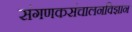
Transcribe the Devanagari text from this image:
संगणकसंचालनविज्ञान